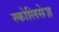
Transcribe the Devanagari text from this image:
स्कोलिसेज़